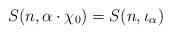
LaTeX: \begin{align*}S(n,\alpha \cdot \chi_{0}) = S(n,\iota_\alpha)\end{align*}